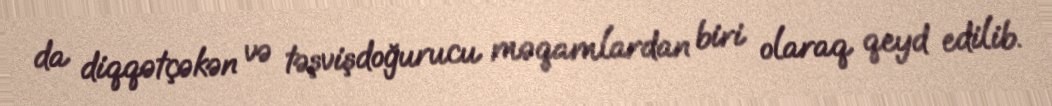
da diqqətçəkən və təşvişdoğurucu məqamlardan biri olaraq qeyd edilib.